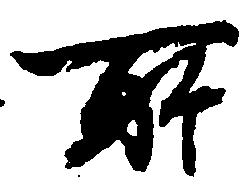
所